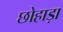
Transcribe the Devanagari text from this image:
छोहाड़ा